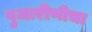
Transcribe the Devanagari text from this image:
पुजारीणीचा